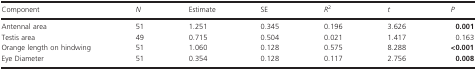
<table><thead><tr><td><b>Component</b></td><td><b><i>N</i></b></td><td><b>Estimate</b></td><td><b>SE</b></td><td><b><i>R</i><sup>2</sup></b></td><td><b><i>t</i></b></td><td><b><i>P</i></b></td></tr></thead><tbody><tr><td>Antennal area</td><td>51</td><td>1.251</td><td>0.345</td><td>0.196</td><td>3.626</td><td><b>0.001</b></td></tr><tr><td>Testis area</td><td>49</td><td>0.715</td><td>0.504</td><td>0.021</td><td>1.417</td><td>0.163</td></tr><tr><td>Orange length on hindwing</td><td>51</td><td>1.060</td><td>0.128</td><td>0.575</td><td>8.288</td><td><b>&lt;0.001</b></td></tr><tr><td>Eye Diameter</td><td>51</td><td>0.354</td><td>0.128</td><td>0.117</td><td>2.756</td><td><b>0.008</b></td></tr></tbody></table>